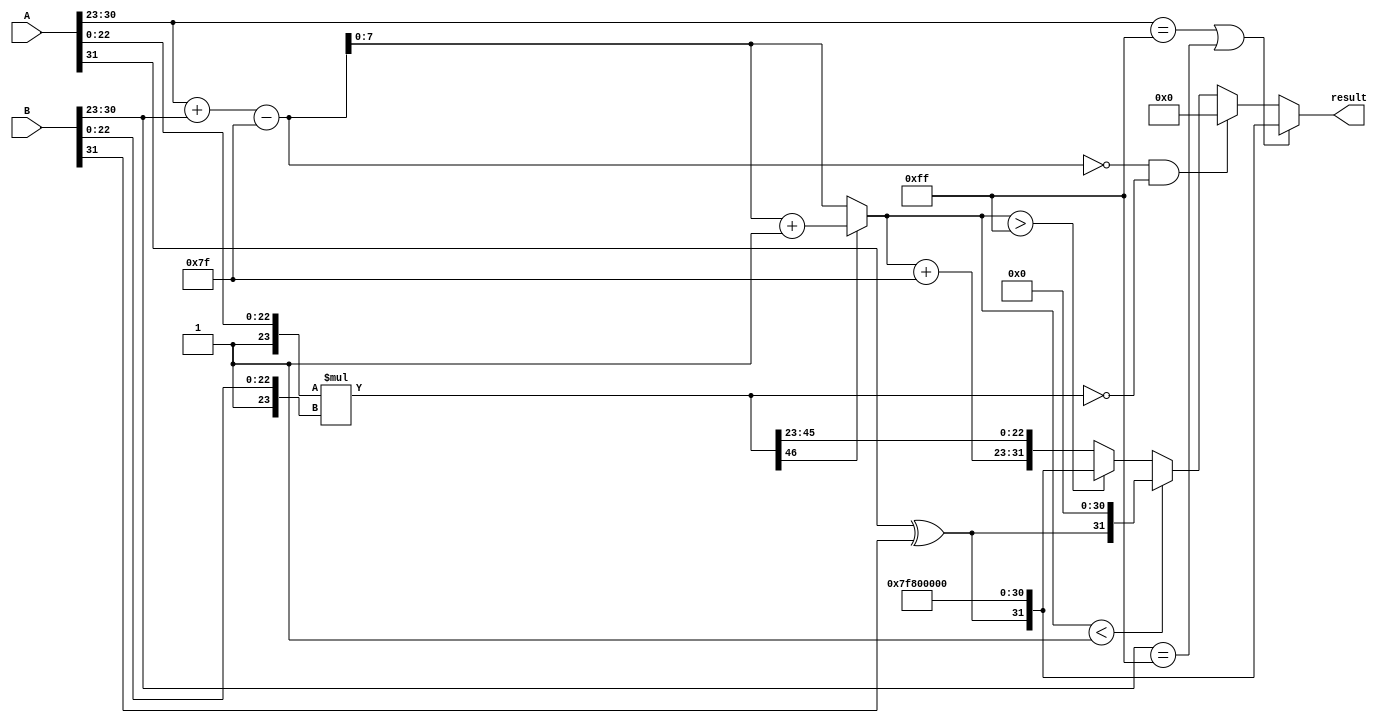
module fp_multiplier (
    input wire [31:0] A,      // First floating-point input
    input wire [31:0] B,      // Second floating-point input
    output reg [31:0] result   // Resulting floating-point output
);

    // Constants
    localparam BIAS = 127;
    localparam EXPONENT_BITS = 8;
    localparam MANTISSA_BITS = 23;

    // Extract sign, exponent, and mantissa from inputs
    wire sign_A = A[31];
    wire sign_B = B[31];
    
    wire [EXPONENT_BITS-1:0] exponent_A = A[30:23];
    wire [EXPONENT_BITS-1:0] exponent_B = B[30:23];
    
    wire [MANTISSA_BITS:0] mantissa_A = {1'b1, A[22:0]}; // add implicit leading 1
    wire [MANTISSA_BITS:0] mantissa_B = {1'b1, B[22:0]}; // add implicit leading 1

    // Calculate sign of the result
    wire sign_result = sign_A ^ sign_B;

    // Exponent calculation
    wire [EXPONENT_BITS:0] exponent_sum = {1'b0, exponent_A} + {1'b0, exponent_B} - BIAS;
    wire [EXPONENT_BITS-1:0] exponent_result = exponent_sum[EXPONENT_BITS-1:0];

    // Perform mantissa multiplication
    wire [2*MANTISSA_BITS:0] mantissa_product = mantissa_A * mantissa_B;

    // Normalization process
    reg [MANTISSA_BITS:0] normalized_mantissa;
    reg [EXPONENT_BITS-1:0] adjusted_exponent;

    always @* begin
        if (mantissa_product[2*MANTISSA_BITS]) begin
            // If mantissa product is too large, shift right and increase exponent
            normalized_mantissa = mantissa_product[2*MANTISSA_BITS-1:23]; // Keep only the upper 23 bits
            adjusted_exponent = exponent_result + 1;
        end else begin
            // Otherwise, simply keep the mantissa and exponent
            normalized_mantissa = mantissa_product[2*MANTISSA_BITS-1:23];
            adjusted_exponent = exponent_result;
        end
        
        // Output handling: check for special cases
        if (exponent_A == 8'b11111111 || exponent_B == 8'b11111111) begin
            // Handle NaN and Infinity
            result = {sign_result, 8'b11111111, 23'b0}; // Result is infinity if one of inputs is infinity
        end else if (exponent_sum == 8'b0 && mantissa_product == 0) begin
            // Handle zero
            result = 32'b0;
        end else if (adjusted_exponent < 1) begin
            // Underflow case
            result = {sign_result, 8'b0, 23'b0};
        end else if (adjusted_exponent > 8'b11111111) begin
            // Overflow case
            result = {sign_result, 8'b11111111, 23'b0}; // Infinite case
        end else begin
            // Normal case
            result = {sign_result, adjusted_exponent + BIAS, normalized_mantissa[MANTISSA_BITS-1:0]};
        end
    end
endmodule